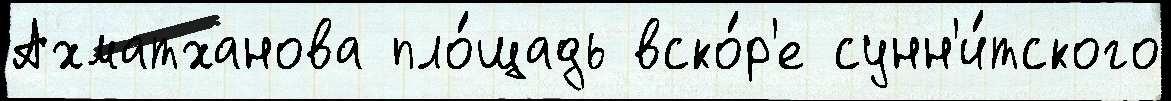
Ахматханова пло́щадь вско́р'е сунн'и́тского